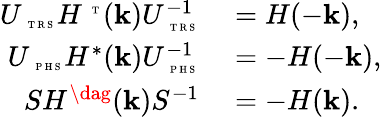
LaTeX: \begin{array}{rl}{U_{\mathrm{~\tiny~T~R~S~}}H^{\mathrm{~\tiny~T~}}(\textbf{k})U_{\mathrm{~\tiny~T~R~S~}}^{-1}}&{{}=H(-\textbf{k}),}\\ {U_{\mathrm{~\tiny~P~H~S~}}H^{*}(\textbf{k})U_{\mathrm{~\tiny~P~H~S~}}^{-1}}&{{}=-H(-\textbf{k}),}\\ {SH^{\dag}(\textbf{k})S^{-1}}&{{}=-H(\textbf{k}).}\end{array}